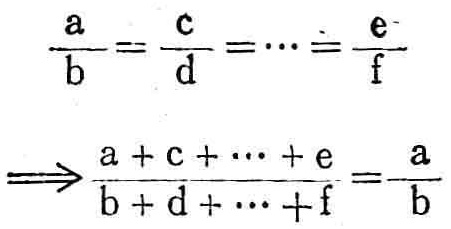
\[\frac{a}{b}=\frac{c}{d}=\cdots=\frac{e}{f}\Rightarrow\frac{a + c+\cdots+e}{b + d+\cdots+f}=\frac{a}{b}\]